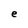
Character: e